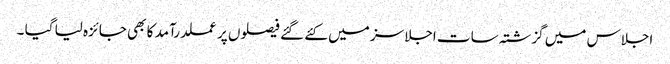
اجلاس میں گزشتہ سات اجلاسز میں کئے گئے فیصلوں پر عملدرآمد کا بھی جائزہ لیا گیا ۔